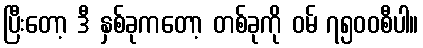
ပြီးတော့ ဒီ နှစ်ခုကတော့ တစ်ခုကို ဝမ် ၇၅၀၀စီပါ။